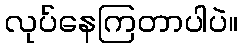
လုပ်နေကြတာပါပဲ။